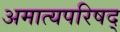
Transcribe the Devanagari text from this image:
अमात्यपरिषद्